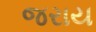
જરાય